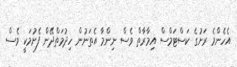
އެހެންމެ ރަށުގެ ކަސްޓަމްސް އިމާރާތް ވެސް ނިންމާ އެތަނުން ހިދުމަތްދޭން ފެށުމަކީ ވެސް